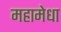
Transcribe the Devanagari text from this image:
महामेधा